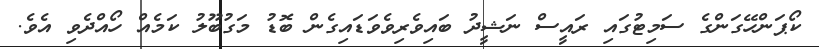
ކޯޕަންހޭގަންގެ ސަމިޓުގައި ރައީސް ނަޝީދު ބައިވެރިވެވަޑައިގެން ބޮޑު މަގުބޫލު ކަމެއް ހޯއްދެވި އެވެ.